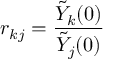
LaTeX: r _ { k j } = \frac { \tilde { Y } _ { k } ( 0 ) } { \tilde { Y } _ { j } ( 0 ) }